Indian journal of veterinary science and animal husbandry - Volume 10,
Year: 1940
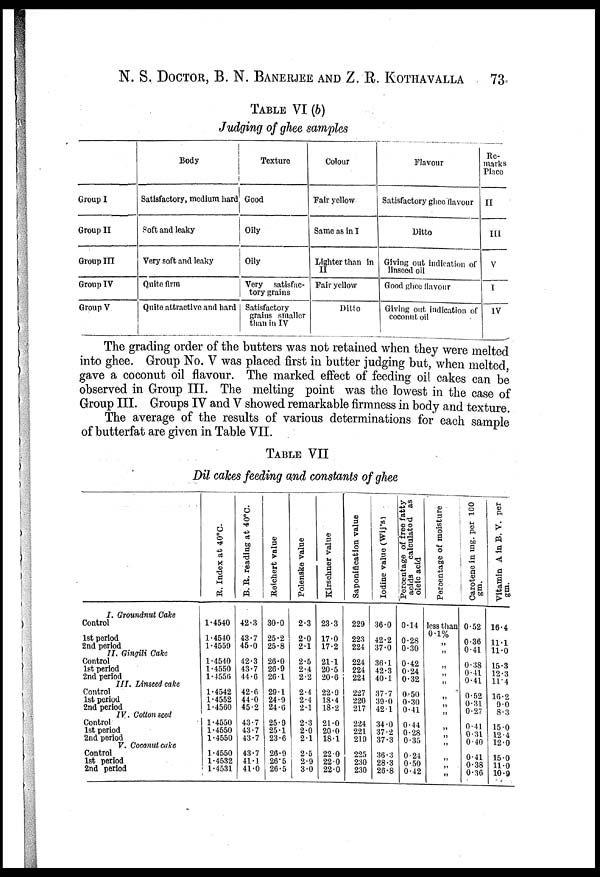
N. S. DOCTOR, B. N. BANERJEE AND Z. R. KOTHAVALLA 73
TABLE VI (b)
Judging of ghee samples
Group I
Group II
Group III
Group IV
Group V
Body
Satisfactory, medium hard
soft and leaky
Very soft and leaky
Quite firm
Quite attractive and hard
Texture
Good
Oily
Oily
Very satisfac-
tory grains
Satisfactory
grains smaller
than in IV
Colour
Fair yellow
Same as in I
Lighter than in
II
Fair yellow
Ditto
Flavour
Satisfactory ghee flavour
Ditto
Giving out indication of
linseed oil
Good ghee flavour
Giving out indication of
coconut oil
Re-
marks
Place
II
III
V
I
IV
The grading order of the butters was not retained when they were melted
into ghee. Group No. V was placed first in butter judging but, when melted,
gave a coconut oil flavour. The marked effect of feeding oil cakes can be
observed in Group III. The melting point was the lowest in the case of
Group III. Groups IV and V showed remarkable firmness in body and texture.
The average of the results of various determinations for each sample
of butterfat are given in Table VII.
TABLE VII
Dil cakes feeding and constants of ghee
I. Groundnut Cake
Control
1st period
2nd period
II. Gingili Cake
Control
1st period
2nd period
III. Linseed cake
Control
1st period
2nd period
IV.. Cotton seed
Control
1st period
2nd period
V. Coconut cake
Control
1st period
2nd period
R. Index at 40°C
1.4540
1.4540
1.4559
1.4540
1.4550
1.4556
1.4542
1.4552
1.4560
1.4550
1.4550
1.4550
1.4550
1.4532
1.4531
B. R. reading at 40°C.
42.3
43.7
45.0
42.3
43.7
44.6
42.6
44.0
45.2
43.7
43.7
43.7
43.7
41.1
41.0
Reichert value
30.0
25.2
25.8
26.0
26.9
26.1
29.1
24.9
24.6
25.9
25.1
23.6
26.9
26.5
26.5
Polenske value
2.3
2.0
2.1
2.5
2.4
2.2
2.4
2.4
2.1
2.3
2.0
2.1
2.5
2.9
3.0
Kirschner value
23.3
17.0
17.2
21.1
20.5
20.6
22.9
18.4
18.2
21.0
20.0
18.1
22.0
22.0
22.0
Saponification value
229
223
224
224
224
224
227
220
217
224
221
219
225
230
230
Iodine value (Wij's)
36.0
42.2
37.0
36.1
42.3
40.1
37.7
39.0
42.1
34.0
37.2
37.3
36.3
28.3
26.8
Percentage of free fatty
acids
calculated as
oleic acid
0.14
0.28
0.30
0.42
0.24
0.32
0.50
0.30
0.41
0 . 44
0.28
0.35
0.24
0.50
0.42
Percentage of moisture
less than
0.1%
„
„ „
„
„
„
„
„
„
„
„
„
„
Carotene in mg. per 100
gm.
0.52
0.36
0.41
0.38
0.41
0.41
0 .52
0.31
0.27
0.41
0.31
0.40
0.41
0.38
0.36
Vitamin A in B. V. per
gm.
16.4
11.1
11.0
15.3 12.3
11.4
16.2 9.0
8.3
15.0
12.4
12.0
15.0 11.0
10.9